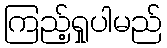
ကြည့်ရှုပါမည်